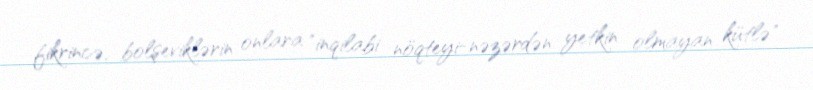
fikrincə, bolşeviklərin onlara "inqilabi nöqteyi-nəzərdən yetkin olmayan kütlə"